Civil Veterinary Dept. Bombay admin report 1914-1922 - 1914-1922
Year: 1914
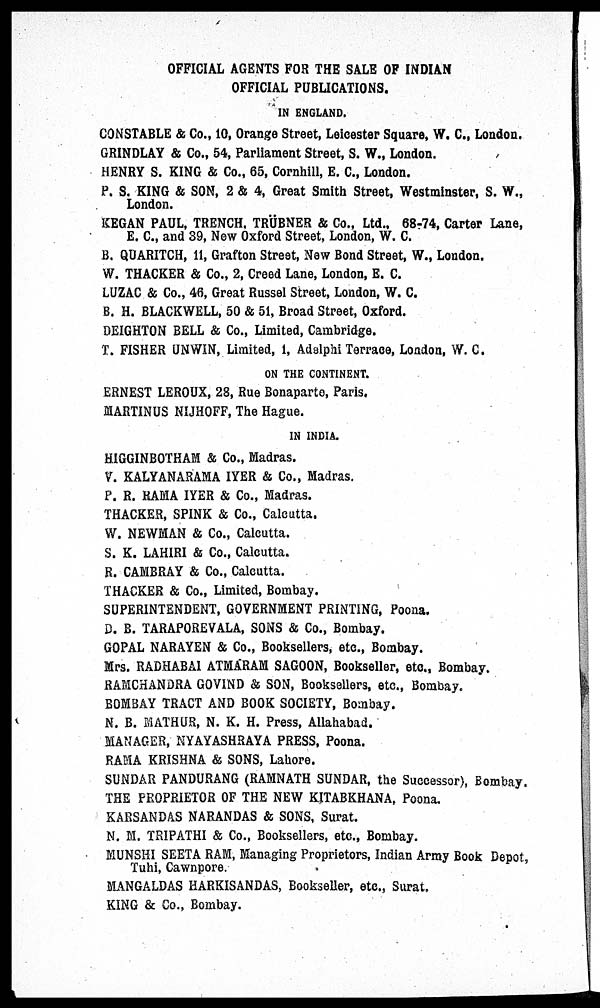
OFFICIAL AGENTS FOR THE SALE OF INDIAN
OFFICIAL PUBLICATIONS.
IN ENGLAND.
CONSTABLE & Co., 10, Orange Street, Leicester Square, W. C, London.
GRINDLAY & Co., 54, Parliament Street, S. W., London.
HENRY S. KING & Co., 65, Cornhill, E. C., London.
P. S. KING & SON, 2 & 4, Great Smith Street, Westminster, S. W.,
London.
KEGAN PAUL, TRENCH, TRÜBNER & Co., Ltd., 68-74, Carter Lane,
E. C., and 39, New Oxford Street, London, W. C.
B. QUARITCH, 11, Grafton Street, New Bond Street, W., London.
W. THACKER & Co., 2, Creed Lane, London, E. C.
LUZAC & Co., 46, Great Russel Street, London, W. C.
B. H. BLACKWELL, 50 & 51, Broad Street, Oxford.
DEIGHTON BELL & Co., Limited, Cambridge.
T. FISHER UNWIN, Limited, 1, Adslphi Terrace, London, W. C.
ON THE CONTINENT.
ERNEST LEROUX, 28, Rue Bonaparte, Paris.
MARTINUS NIJHOFF, The Hague.
IN INDIA.
HIGGINBOTHAM & Co., Madras.
V. KALYANARAMA IYER & Co., Madras.
P. R. RAMA IYER & Co., Madras.
THACKER, SPINK & Co., Calcutta,
W. NEWMAN & Co., Calcutta.
S. K. LAHIRI & Co., Calcutta.
R. CAMBRAY & Co., Calcutta.
THACKER & Co., Limited, Bombay.
SUPERINTENDENT, GOVERNMENT PRINTING, Poona.
D. B. TARAPOREVALA, SONS & Co., Bombay.
GOPAL NARAYEN & Co., Booksellers, etc., Bombay.
Mrs. RADHABAI ATMARAM SAGOON, Bookseller, etc., Bombay.
RAMCHANDRA GOVIND & SON, Booksellers, etc., Bombay.
BOMBAY TRACT AND BOOK SOCIETY, Bombay.
N. B. MATHUR, N. K. H. Press, Allahabad.
MANAGER, NYAYASHRAYA PRESS, Poona.
RAMA KRISHNA & SONS, Lahore.
SUNDAR PANDURANG (RAMNATH SUNDAR, the Successor), Bombay.
THE PROPRIETOR OF THE NEW KITABKHANA, Poona.
KARSANDAS NARANDAS & SONS, Surat.
N. M. TRIPATHI & Co., Booksellers, etc., Bombay.
MUNSHI SEETA RAM, Managing Proprietors, Indian Army Book Depot
Tuhi, Cawnpore.
MANGALDAS HARKISANDAS, Bookseller, etc., Surat.
KING & Co., Bombay.